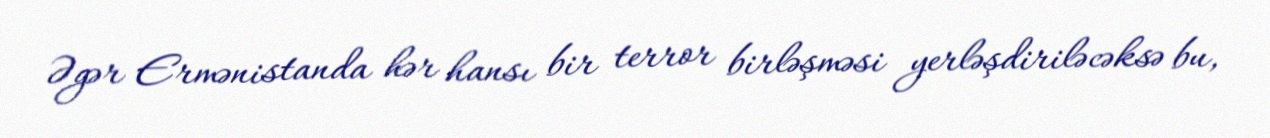
Əgər Ermənistanda hər hansı bir terror birləşməsi yerləşdiriləcəksə bu,